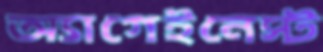
অ্যাগেইনেস্ট